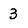
Character: 3